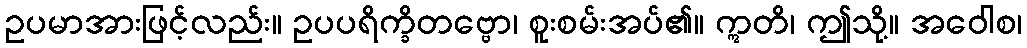
ဥပမာအားဖြင့်လည်း။ ဥပပရိက္ခိတဗ္ဗော၊ စူးစမ်းအပ်၏။ ဣတိ၊ ဤသို့။ အဝေါစ၊